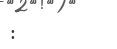
: